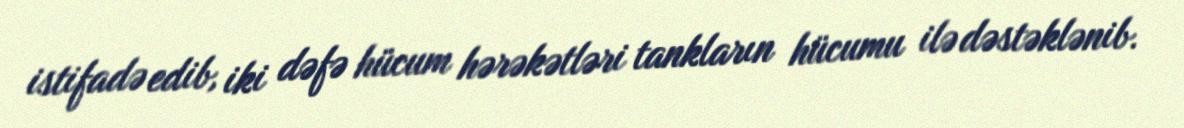
istifadə edib, iki dəfə hücum hərəkətləri tankların hücumu ilə dəstəklənib.